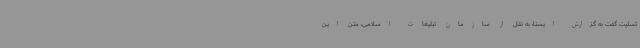
تسلیت گفت به گزارش ایسنا، به نقل از سازمان تبلیغات اسلامی، متن این